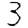
Digit: 3